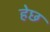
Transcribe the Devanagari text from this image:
हेछ